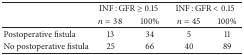
|  | <COLSPAN=2> INF : GFR ≥ 0.15 | <COLSPAN=2> INF : GFR < 0.15 |
 |  | n = 38 | 100% | n = 45 | 100% |
 | --- | --- | --- | --- | --- |
 | Postoperative fistula | 13 | 34 | 5 | 11 |
 | No postoperative fistula | 25 | 66 | 40 | 89 |